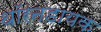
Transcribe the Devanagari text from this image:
थॉरनडायक